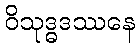
ဝိသုဒ္ဓဒဿနေ